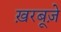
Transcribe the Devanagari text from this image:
ख़रबूज़े